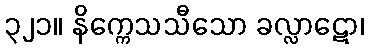
၃၂၁။ နိက္ကေသသီသော ခလ္လာဋော၊